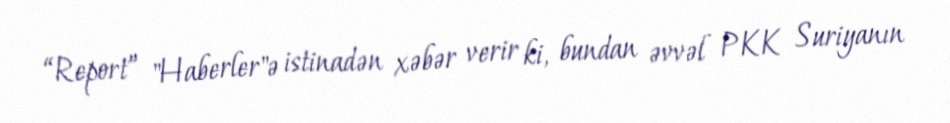
“Report” "Haberler"ə istinadən xəbər verir ki, bundan əvvəl PKK Suriyanın